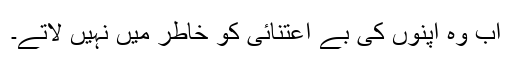
اب وہ اپنوں کی بے اعتنائی کو خاطر میں نہیں لاتے۔